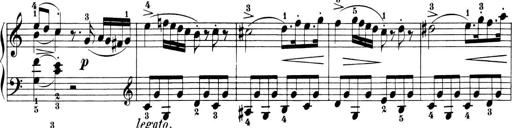
Title: 6 Piano Sonatinas
Composer: Cornelius Gurlitt